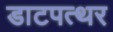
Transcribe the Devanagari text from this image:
डाटपत्थर